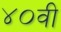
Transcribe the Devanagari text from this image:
४०वी